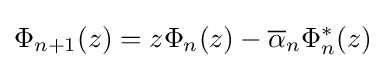
\Phi _{n+1}(z)=z\Phi _{n}(z)-{\overline {\alpha }}_{n}\Phi _{n}^{*}(z)